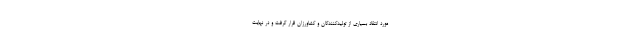
مورد انتقاد بسیاری از تولیدکنندگان و کشاورزان قرار گرفت و در نهایت